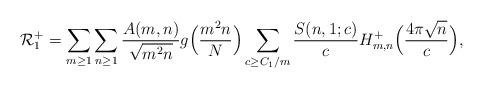
LaTeX: \begin{align*}\mathcal{R}_1^+= \sum_{m \geq 1}\sum_{n \geq 1} \frac{A(m,n)}{\sqrt{m^2 n}}g\Big(\frac{m^2 n}{N}\Big)\sum_{ c \geq C_1/m} \frac{S(n,1;c)}{c}H_{m,n}^+ \Big( \frac{4\pi \sqrt{n}}{c} \Big),\end{align*}